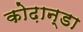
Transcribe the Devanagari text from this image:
कोढ़ान्‍डा